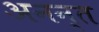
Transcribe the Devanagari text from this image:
अनन्‍त